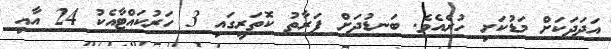
އަދަދަކަށް މަޑުކަށި ހުރެއެވެ. ބަނޑުދަށް ފަރާތު ކޮތަރީގައި 3 ހަރުކައްޓާއެކު 24 އާއި